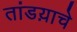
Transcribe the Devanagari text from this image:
तांडय़ाचे